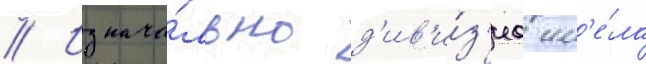
// Изнача́льно д'ив'и́з'иа им'е́ла